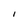
Character: I